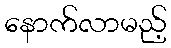
နောက်လာမည့်